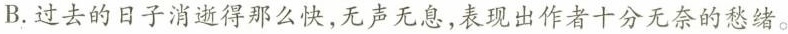
B.过去的日子消逝得那么快，无声无息，表现出作者十分无奈的愁绪。